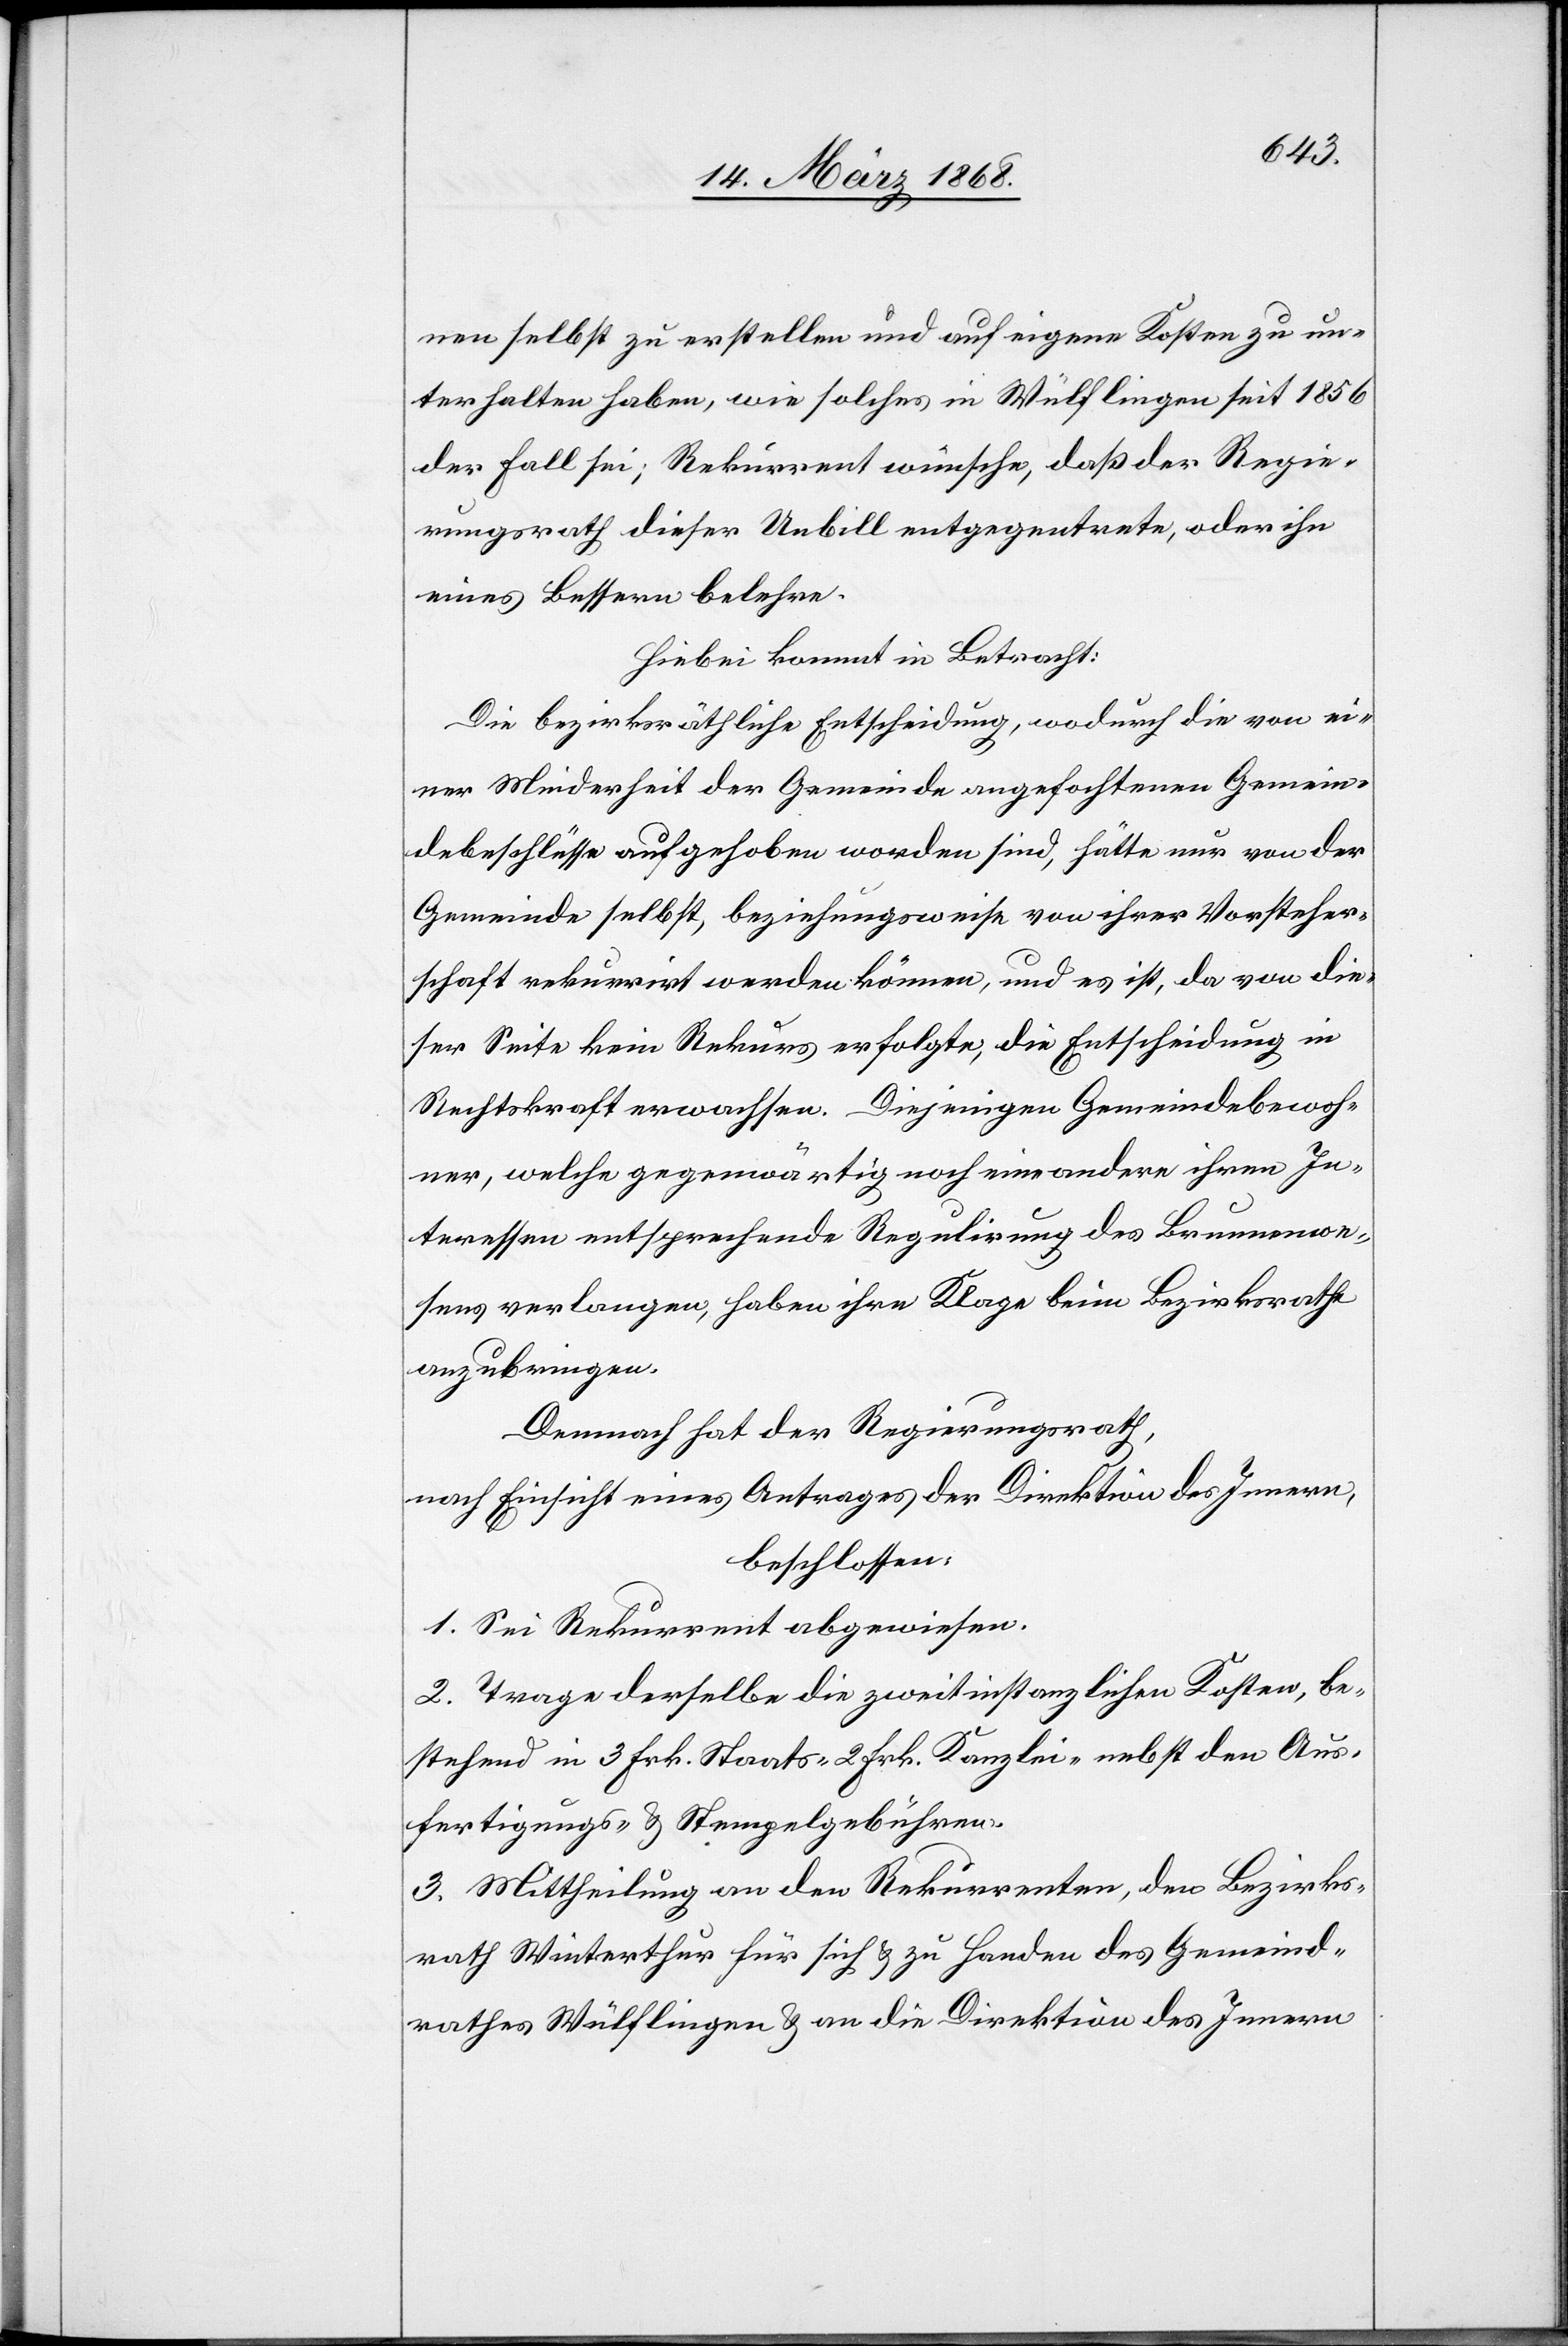
nen selbst zu erstellen und auf eigene Kosten zu un¬
terhalten haben, wie solches in Wülflingen seit 1856
der Fall sei; Rekurrent wünsche, daß der Regie¬
rungsrath dieser Unbill entgegentrete, oder ihn
eines Bessern belehre.
Hiebei kommt in Betracht:
Die bezirksräthliche Entscheidung, wodurch die von ei¬
ner Minderheit der Gemeinde angefochtenen Gemein¬
debeschlüsse aufgehoben worden sind, hätte nur von der
Gemeinde selbst, beziehungsweise von ihrer Vorsteher¬
schaft rekurrirt werden können, und es ist, da von die¬
ser Seite kein Rekurs erfolgte, die Entscheidung in
Rechtskraft erwachsen. Diejenigen Gemeindebewoh¬
ner, welche gegenwärtig noch eine andere ihren In¬
teressen entsprechende Regulirung des Brunnenwe¬
sens verlangen, haben ihre Klage beim Bezirksrathe
anzubringen.
Demnach hat der Regierungsrath,
nach Einsicht eines Antrages der Direktion des Innern,
beschlossen:
1. Sei Rekurrent abgewiesen.
2. Trage derselbe die zweitinstanzlichen Kosten, be¬
stehend in 3 Frk. Staats-[,] 2 Frk. Kanzlei-[,] nebst den Aus¬
fertigungs- & Stempelgebühren.
3. Mittheilung an den Rekurrenten, den Bezirks¬
rath Winterthur für sich & zu Handen des Gemeind¬
rathes Wülflingen & an die Direktion des Innern